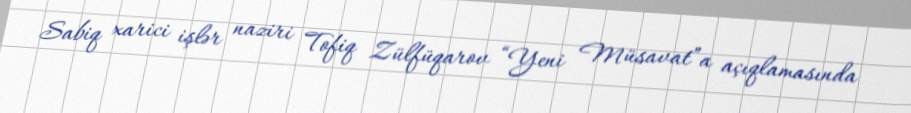
Sabiq xarici işlər naziri Tofiq Zülfüqarov “Yeni Müsavat”a açıqlamasında